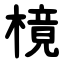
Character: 樈